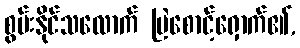
စွမ်းနိုင်သလောက် မြဲစောင့်ရှောက်၏,